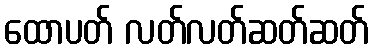
ထောပတ် လတ်လတ်ဆတ်ဆတ်